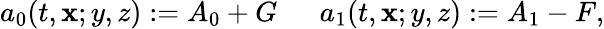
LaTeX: a_{0}(t,\mathbf{x};y,z):=A_{0}+G\ \ \ \ \ \ a_{1}(t,\mathbf{x};y,z):=A_{1}-F,